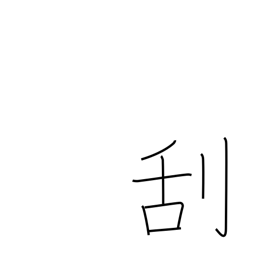
Meaning: scrape off